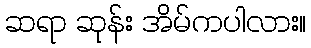
ဆရာ ဆုန်း အိမ်ကပါလား။